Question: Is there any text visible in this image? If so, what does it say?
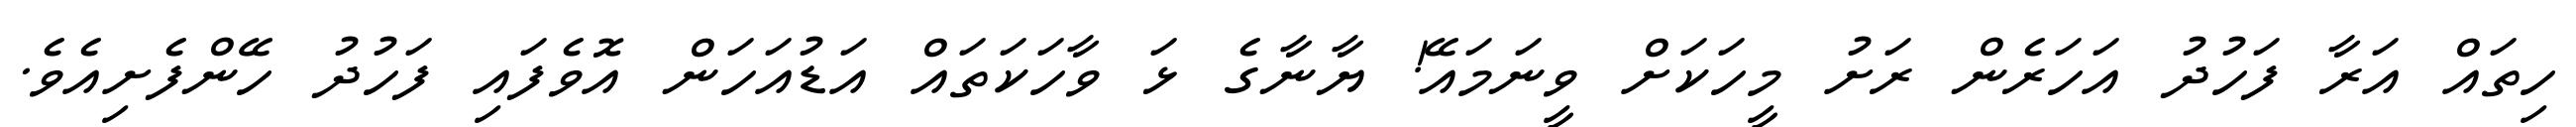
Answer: ހިތައް އަރާ ފަހުދު އަހަރެން ރަށު މީހަކަށް ވީނަމައޭ! ޔާނާގެ ޅަ ވާހަކަތައް އަޑުއަހަން އޮވެފައި ފަހުދު ހޭންފެށިއެވެ.